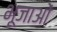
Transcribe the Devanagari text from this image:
भूजाओं